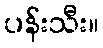
ပန်းသီး။